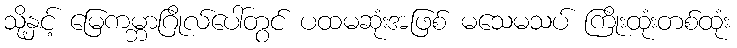
သို့နှင့် မြေကမ္ဘာဂြိုလ်ပေါ်တွင် ပထမဆုံးအဖြစ် မသေမသပ် ကြိုးထုံးတစ်ထုံး